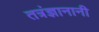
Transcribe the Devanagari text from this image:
तत्रंज्ञानानी